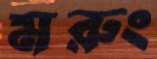
মরুং